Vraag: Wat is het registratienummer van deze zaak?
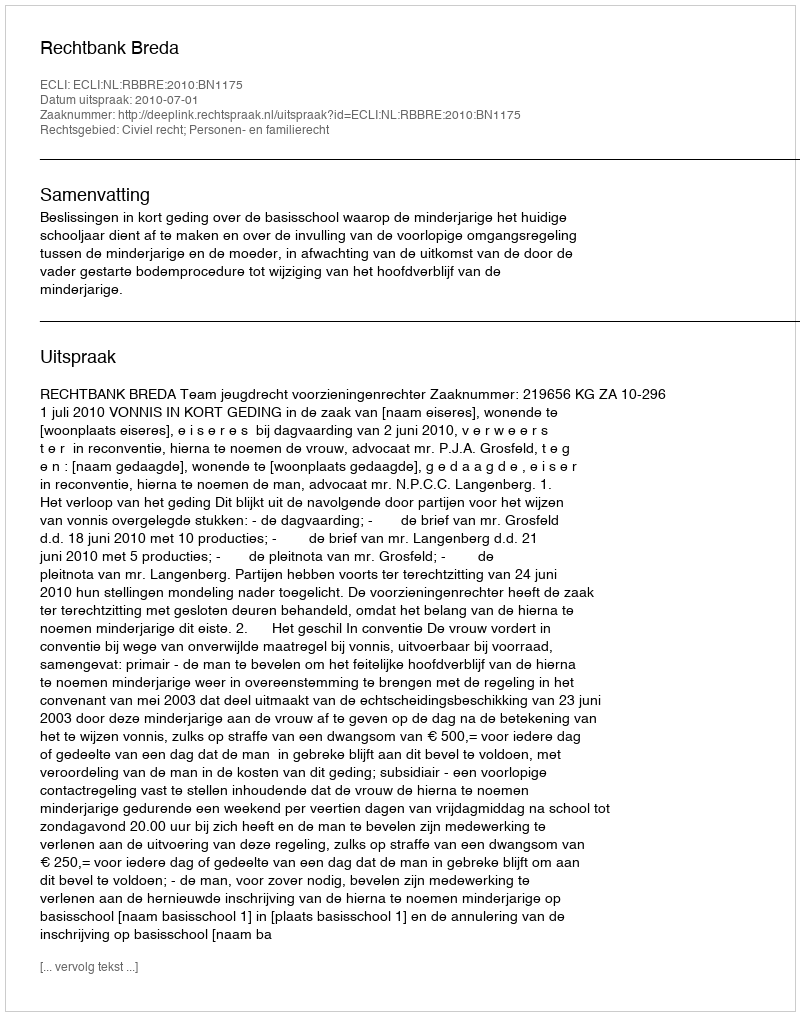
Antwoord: http://deeplink.rechtspraak.nl/uitspraak?id=ECLI:NL:RBBRE:2010:BN1175